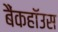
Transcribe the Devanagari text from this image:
बैंकहॉउस